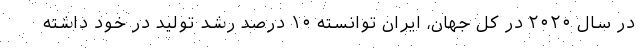
در سال ۲۰۲۰ در کل جهان، ایران توانسته ۱۰ درصد رشد تولید در خود داشته